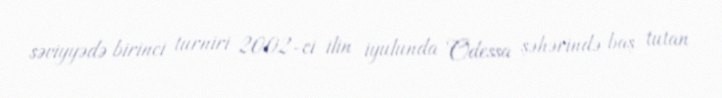
səviyyədə birinci turniri 2002-ci ilin iyulunda Odessa şəhərində baş tutan